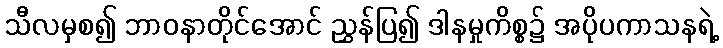
သီလမှစ၍ ဘာဝနာတိုင်အောင် ညွှန်ပြ၍ ဒါနမှုကိစ္စ၌ အပိုပကာသနရဲ့